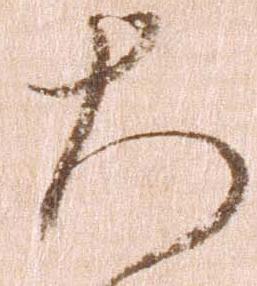
大